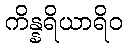
ကိန္နရိယာရိဝ